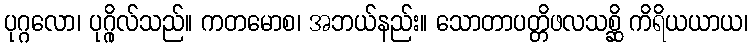
ပုဂ္ဂလော၊ ပုဂ္ဂိုလ်သည်။ ကတမောစ၊ အဘယ်နည်း။ သောတာပတ္တိဖလသစ္ဆိ ကိရိယယာယ၊